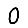
Digit: 0